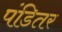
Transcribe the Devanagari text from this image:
पंडितर